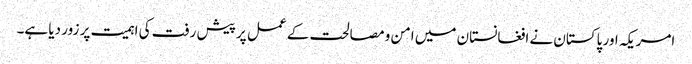
امریکہ اور پاکستان نے افغانستان میں امن و مصالحت کے عمل پر پیش رفت کی اہمیت پر زور دیا ہے۔